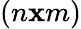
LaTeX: (n\mathbf{x}m)